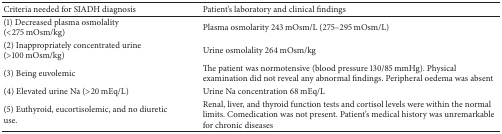
<table><thead><tr><td><b>Criteria needed for SIADH diagnosis</b></td><td><b>Patient&#x27;s laboratory and clinical findings </b></td></tr></thead><tbody><tr><td>(1) Decreased plasma osmolality (&lt;275 mOsm/kg)</td><td>Plasma osmolarity 243 mOsm/L (275–295 mOsm/L)</td></tr><tr><td>(2) Inappropriately concentrated urine (&gt;100 mOsm/kg)</td><td>Urine osmolality 264 mOsm/kg</td></tr><tr><td>(3) Being euvolemic</td><td>The patient was normotensive (blood pressure 130/85 mmHg). Physical examination did not reveal any abnormal findings. Peripheral oedema was absent</td></tr><tr><td>(4) Elevated urine Na (&gt;20 mEq/L)</td><td>Urine Na concentration 68 mEq/L</td></tr><tr><td>(5) Euthyroid, eucortisolemic, and no diuretic use.</td><td>Renal, liver, and thyroid function tests and cortisol levels were within the normal limits. Comedication was not present. Patient&#x27;s medical history was unremarkable for chronic diseases</td></tr></tbody></table>